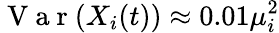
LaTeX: \mathrm{~V~a~r~}(X_{i}(t))\approx 0.01\mu_{i}^{2}